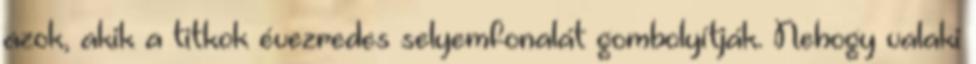
azok, akik a titkok évezredes selyemfonalát gombolyítják. Nehogy valaki